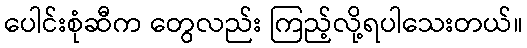
ပေါင်းစုံဆီက တွေလည်း ကြည့်လို့ရပါသေးတယ်။